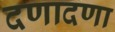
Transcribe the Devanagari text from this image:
दणादणा